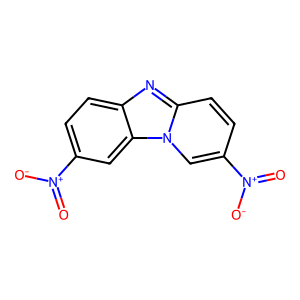
SMILES: O=[N+]([O-])c1ccc2nc3ccc([N+](=O)[O-])cn3c2c1
Inhibits HIV replication: No